Mental hospitals Bombay report 1929-33 - 1929-1933
Year: 1929
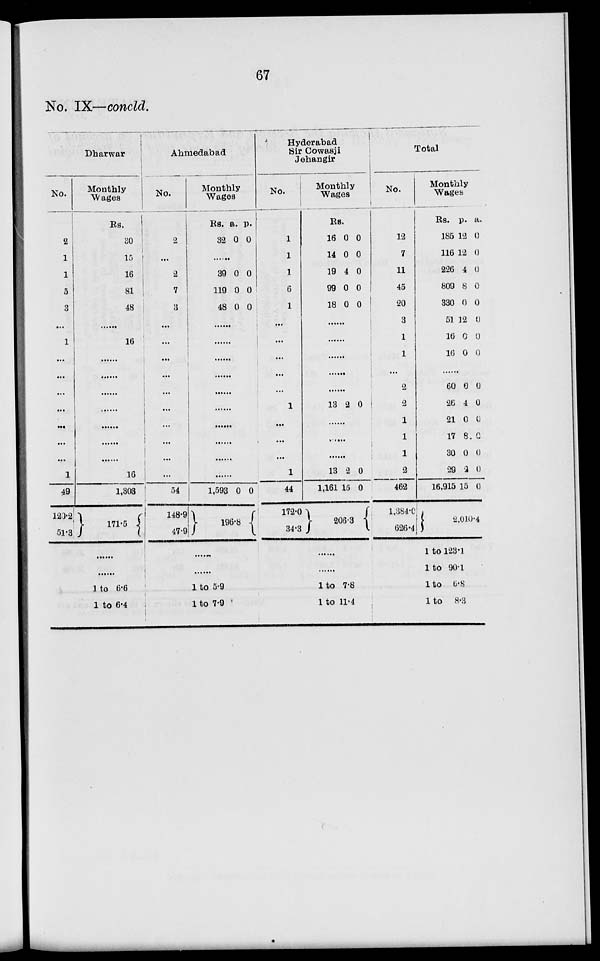
67
No. IX—concld.
Dharwar
No.
2
1
1
5
3
...
1
...
...
...
...
...
...
...
1
49
123.2
51.3
Monthly
Wages
Rs.
30
15
16
81
48
...
16
...
...
...
...
...
....
...
16
1,303
171.5
......
......
l to 6.6
1 to 6.4
Ahmedabad
No.
2
...
2
7
3
...
...
...
...
...
...
...
...
...
...
54
148.9
47.9
Monthly
Wages
Rs.
32
a.
0
p.
0
......
39
119
48
0
0
0
0
0
0
......
......
......
......
......
......
......
......
......
......
1,593 0 0
196.8
......
......
1 to 5.9
1 to 7.9
Hyderabad
Sir Cowasji
Jehangir
No.
1
1
1
6
1
...
...
...
...
...
1
...
...
...
1
44
172.0
34.3
Monthly
Wages
Rs.
16
14
19
99
18
a.
0
0
4
0
0
p.
0
0
0
0
0
......
......
......
......
......
13 2 0
......
......
......
13
1,161
2
15
0
0
206.3
......
......
l to 7.8
1 to 11.4
Total
No.
12
7
11
45
20
3
1
1
...
2
2
1
1
1
2
462
1,384.0
626.4
Monthly
Wages
Rs.
185
116
226
809
330
51
16
16
a.
12
12
4
8
0
12
0
0
p.
0
0
(J
0
0
0
0
0
......
60
26
21
17
30
29
16,915
0
4
0
8
0
2
15
0
0
0
0
0
0
2.010.4
1 to 123.1
1 to 90.1
1 to 6.8
1 to
8.3